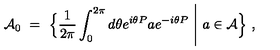
{ \mathcal A } _ { 0 } \ = \ \Bigl \{ \frac { 1 } { 2 \pi } \int _ { 0 } ^ { 2 \pi } d \theta e ^ { i \theta P } a e ^ { - i \theta P } \ \Bigg | \ a \in { \mathcal A } \Bigr \} \ ,